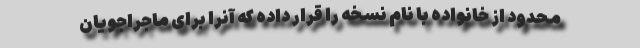
محدود از خانواده با نام نسخه را قرار داده که آنرا برای ماجراجویان